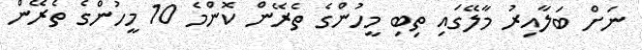
ނަށް ބަލާއިރު މާލޭގައި ތިބި މީހުންގެ ތެރޭން ކޮންމެ 10 މީހުންގެ ތެރޭން